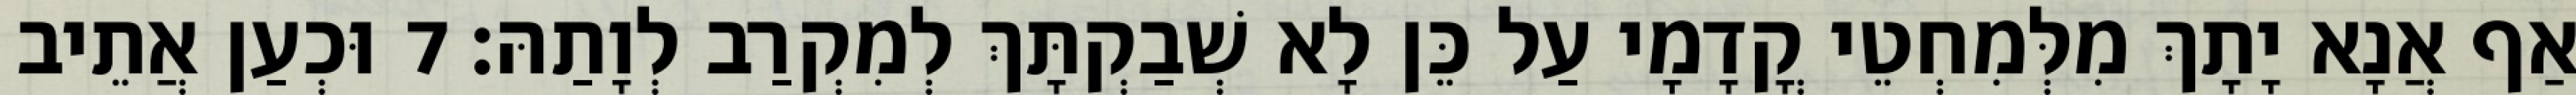
אַף אֲנָא יָתָךְ מִלְּמִחְטֵי קֳדָמָי עַל כֵּן לָא שְׁבַקְתָּךְ לְמִקְרַב לְוָתַהּ׃ 7 וּכְעַן אֲתֵיב